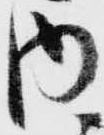
内